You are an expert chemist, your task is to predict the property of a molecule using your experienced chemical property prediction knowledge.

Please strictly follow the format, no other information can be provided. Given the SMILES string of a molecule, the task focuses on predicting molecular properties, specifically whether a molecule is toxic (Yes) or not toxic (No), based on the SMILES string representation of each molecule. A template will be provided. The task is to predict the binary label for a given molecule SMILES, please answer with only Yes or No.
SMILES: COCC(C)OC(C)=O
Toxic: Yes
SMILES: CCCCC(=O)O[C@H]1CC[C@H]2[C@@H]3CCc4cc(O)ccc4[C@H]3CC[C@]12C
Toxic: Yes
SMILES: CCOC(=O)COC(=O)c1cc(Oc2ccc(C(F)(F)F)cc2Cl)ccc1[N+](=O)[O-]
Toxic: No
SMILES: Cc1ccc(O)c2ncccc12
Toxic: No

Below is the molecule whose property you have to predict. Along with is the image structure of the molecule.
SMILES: COc1cccc(-c2ccc(/C=C\CN3CCCCCC3)cc2Cl)c1
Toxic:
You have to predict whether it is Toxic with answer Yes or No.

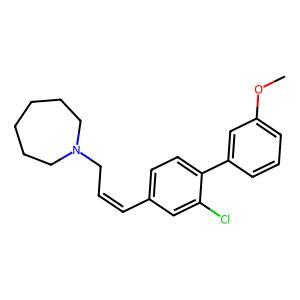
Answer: No